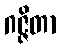
ဂဇ္ဇိတာ